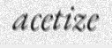
acetize